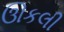
ઊકલી